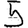
Digit: 5